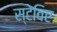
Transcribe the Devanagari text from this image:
स्टेविए